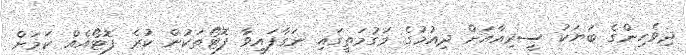
ދިވެހިންގެ ބަޔަކު ސީރިއާއަށް ދިއުމުގެ މަގުމަތީގައި ނަގާފައިވާ ފޮޓޯތަކުން ކުރެ ފޮޓޯއެއް ކަމަށް